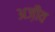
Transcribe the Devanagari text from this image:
अज़ीव